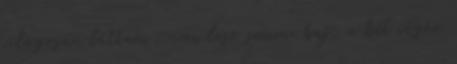
világosan láttam, nem lesz semmi baj, a hét végén